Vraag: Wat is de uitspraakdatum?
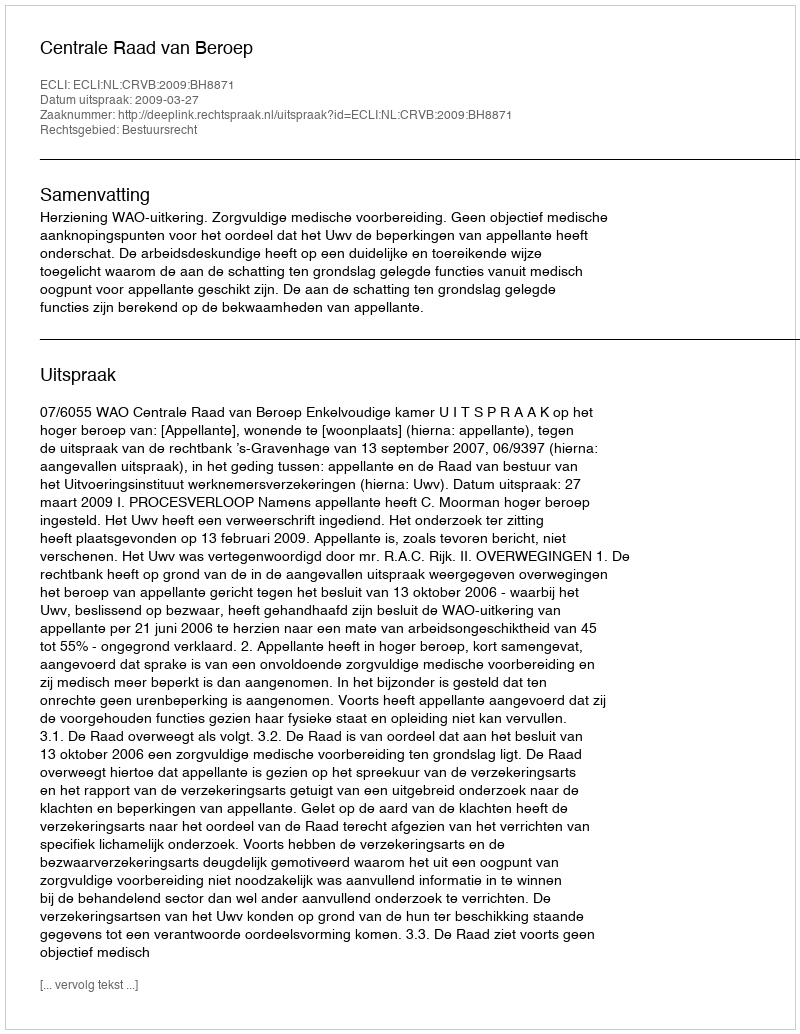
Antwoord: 2009-03-27